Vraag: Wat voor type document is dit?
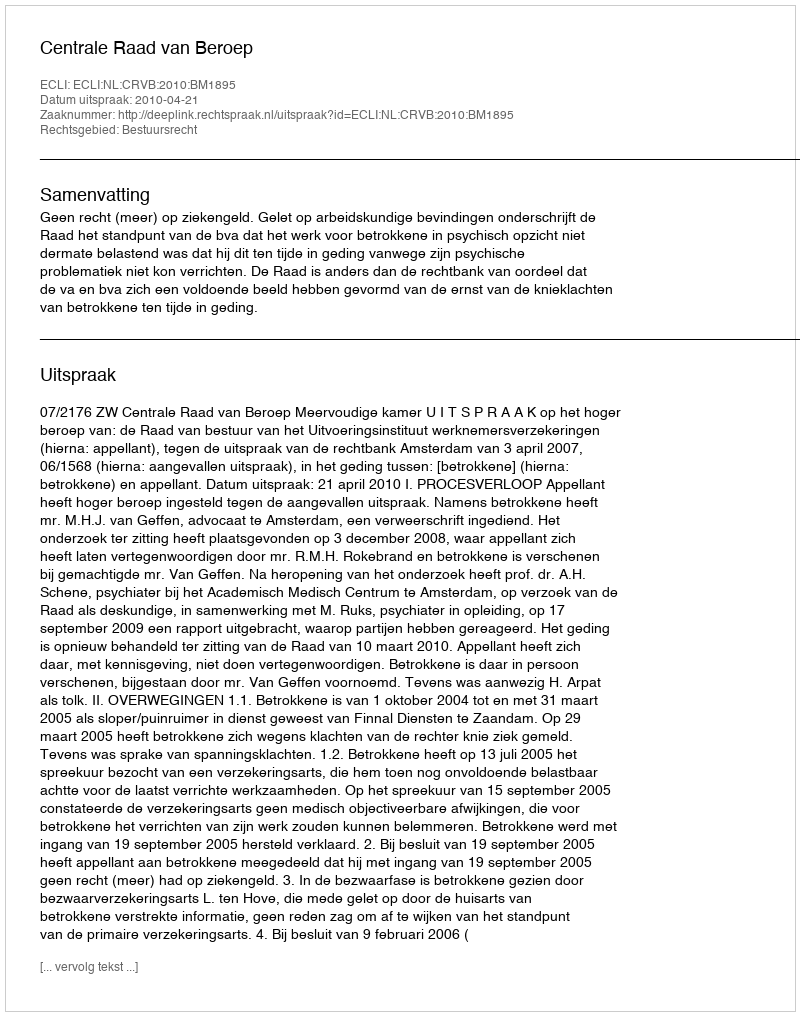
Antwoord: Uitspraak